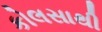
કોલસાથી